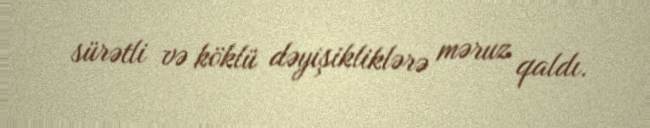
sürətli və köklü dəyişikliklərə məruz qaldı.